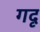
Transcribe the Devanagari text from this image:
गदृ